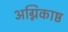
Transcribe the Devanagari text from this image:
अग्निकाष्ठ